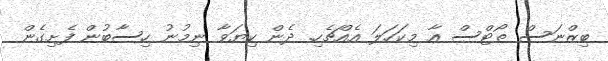
ބިޒްނަސް ތޯޓްސް އާ މިކަހަލަ އެއްޗެހި. ދެން ކިޔަވާ ނިމުނު ހިސާބުން ފެށިގެން